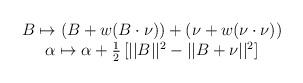
LaTeX: \begin{align*}\begin{array}{c}B\mapsto \left(B+w(B\cdot\nu)\right)+\left(\nu+w(\nu\cdot \nu)\right)\\\alpha\mapsto \alpha+{1\over 2}\left[||B||^2-||B+\nu||^2\right]\end{array}\end{align*}